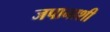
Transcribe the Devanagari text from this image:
जपानाशी